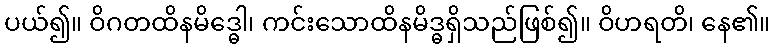
ပယ်၍။ ဝိဂတထိနမိဒ္ဓေါ၊ ကင်းသောထိနမိဒ္ဓရှိသည်ဖြစ်၍။ ဝိဟရတိ၊ နေ၏။